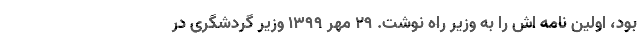
بود، اولین نامه اش را به وزیر راه نوشت. 29 مهر ۱۳۹۹ وزیر گردشگری در